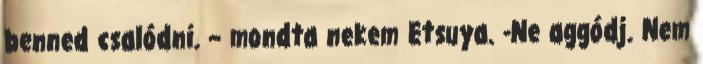
benned csalódni. – mondta nekem Etsuya. -Ne aggódj. Nem